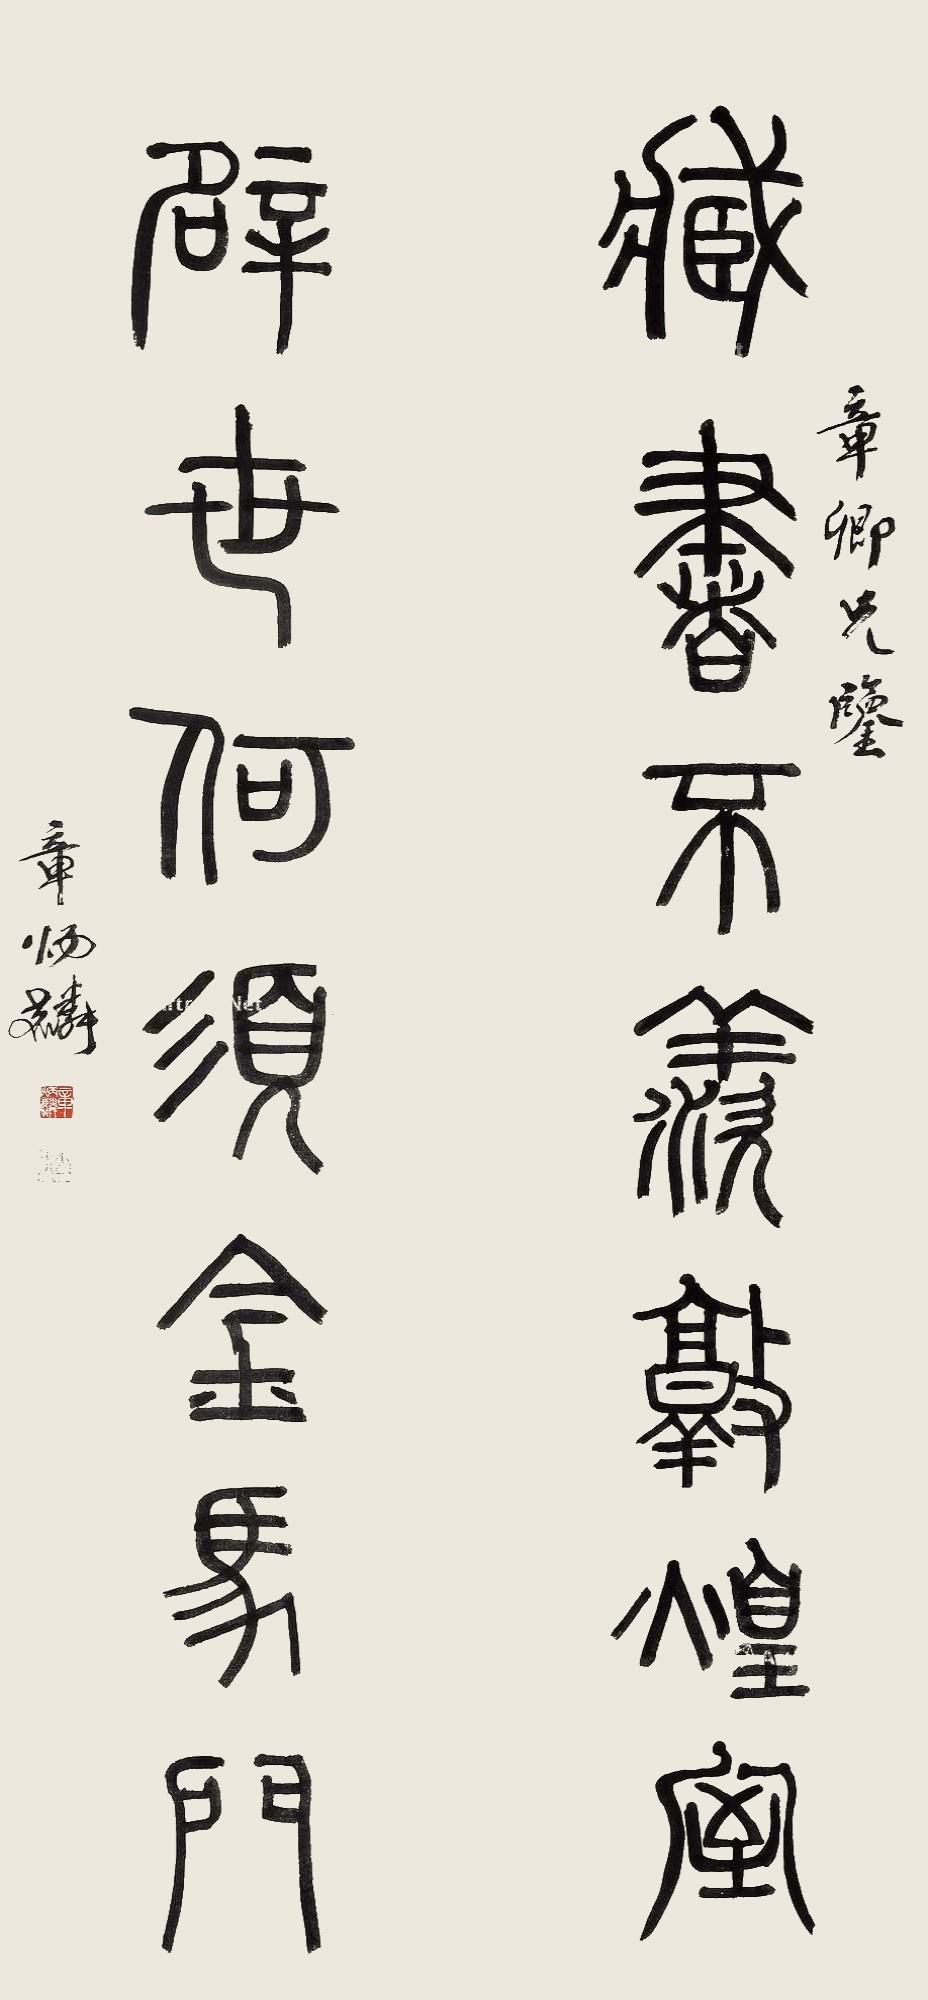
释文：藏书不羡敦煌室，辟世何须金马门。章卿兄鉴，章炳麟。